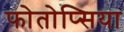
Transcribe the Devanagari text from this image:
फोतोप्सिया